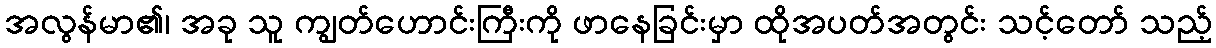
အလွန်မာ၏၊ အခု သူ ကျွတ်ဟောင်းကြီးကို ဖာနေခြင်းမှာ ထိုအပတ်အတွင်း သင့်တော် သည့်